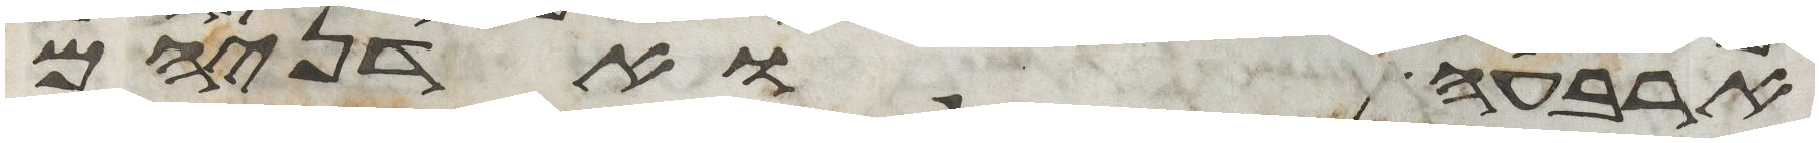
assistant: ארבעה ואדניהם